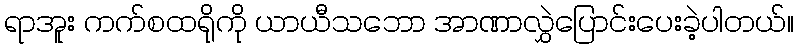
ရာအူး ကက်စထရိုကို ယာယီသဘော အာဏာလွှဲပြောင်းပေးခဲ့ပါတယ်။